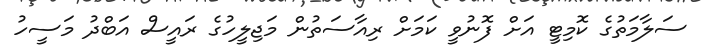
ސަލާމަތުގެ ކޮމިޓީ އަށް ފޮނުވީ ކަމަށް ރިއާސަތުން މަޖިލީހުގެ ރައީސް އަބްދު މަސީހު